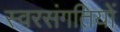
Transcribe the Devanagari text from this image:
स्वरसंगतियों